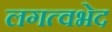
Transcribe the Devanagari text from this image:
लगत्वभेद